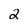
Character: 2